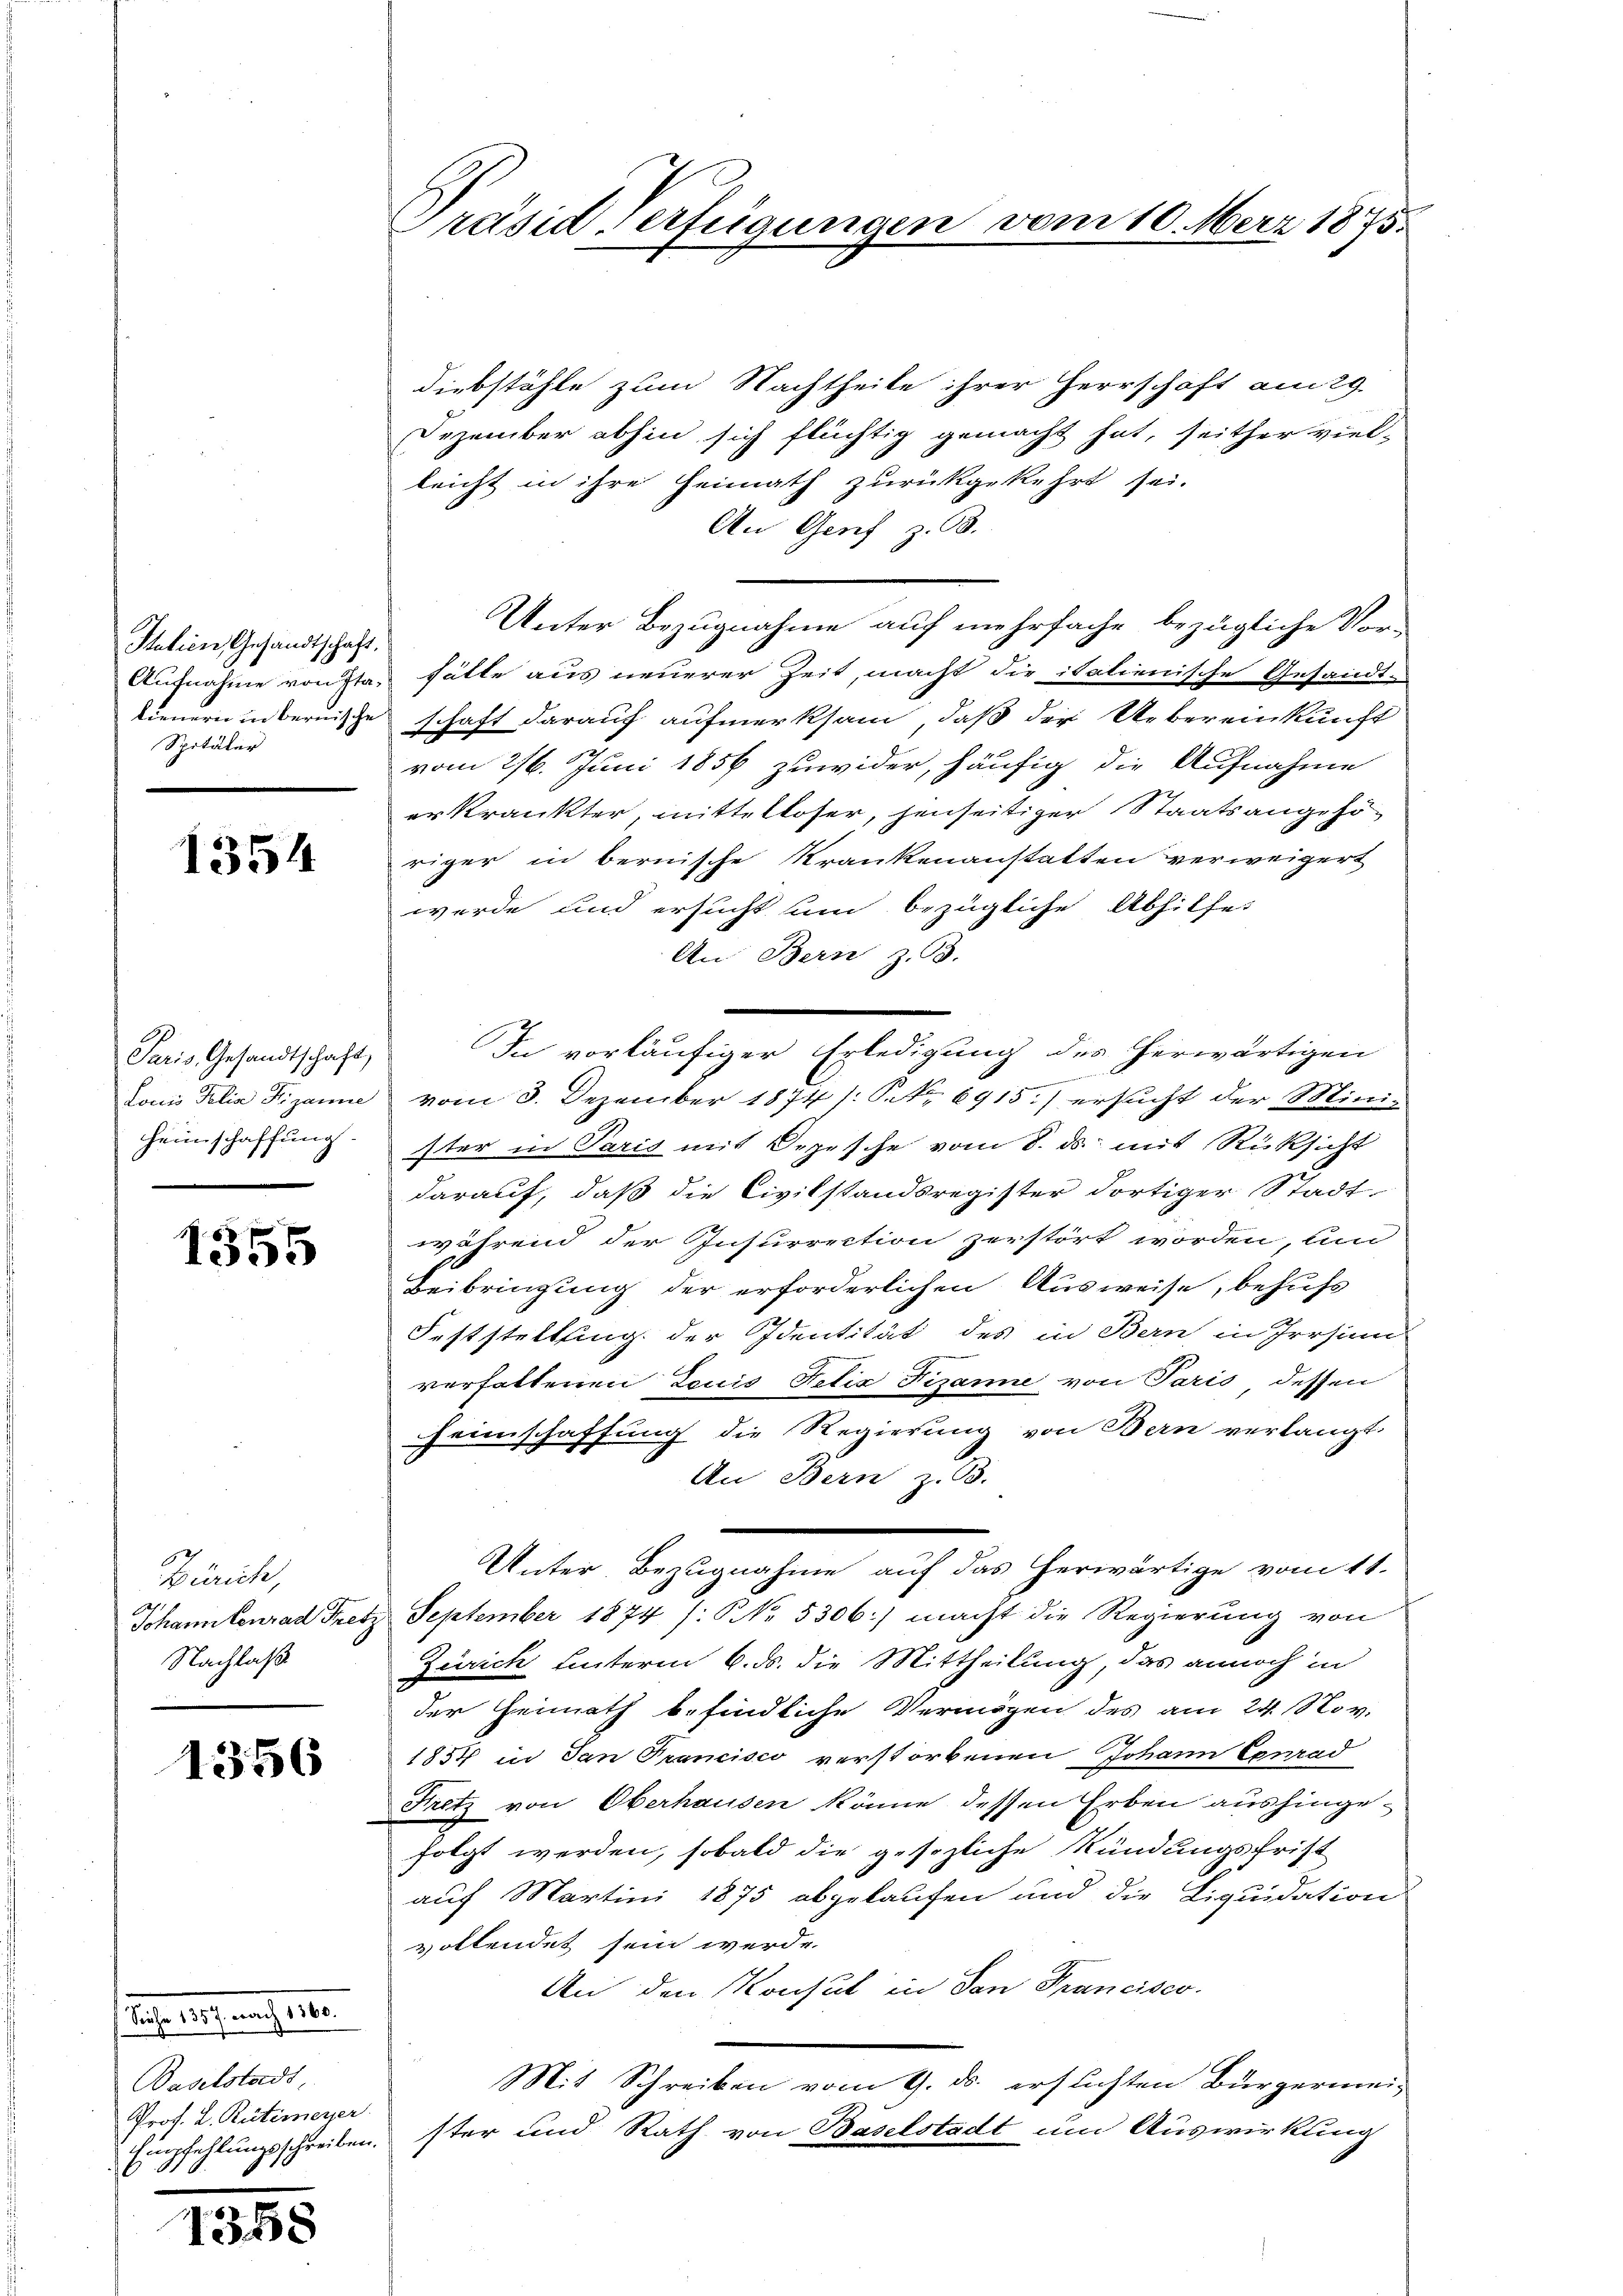
Station Gesandtschaft.
Spitäler

1354

Paris Gesandtschaft,

1555

Zürich,
Nachlaß

1356

Rache Ausgang 10.
Vaselstadt,
Prof. L. Rütimeyer

1358

Präsid Verfügungen vom 10. Merz 1875.

Diebstähle zum Nachtheile ihrer Herrschaft am 29.
Dezember abhin sich flüchtig gemacht hat, seither viel-
leicht in ihre Heimath zurückgekehrt sei.
An Genf z. B.
Unter Bezugnahme auf mehrfache bezügliche Vor-
Aufnahme von Sta, fälle aus neuerer Zeit, macht die italienische Gesandt-
tienern in bernische schaft darauf aufmerksam, daß der Uebereinkunft
vom 216. Juni 1856 zuwider, häufig die Aufnahme
erkrankter, mittelloser, jenseitiger Staatsangehöriger in bernische Krankenanstatten verweigert
werde und ersucht um bezügliche Abhilfes
An Bern z. B.
In vorläufiger Erledigung des herwärtigen

Louis Felix Fizanne vom 3. Dezember 1874 /: P. Nr. 6915.) ersucht der Mini-
Heimschaffung. ster in Paris mit Depesche vom 8. ds. mit Rücksicht
darauf, daß die Civilstandsregister dortiger Stadt-
während der Insurrection zerstört worden, un
Beibringung der erforderlichen Ausweise, behufs
Feststellung der Identität des in Bern in Irrsin
verfaltenen Louis Felix Fizanne von Paris dessen
Heimschaffung die Regierung von Bern verlangt.
An Bern z. B.
Unter Bezugnahme auf das herwärtige vom 11.
Johanntenrad Pretz. September 1874 /: NNo. 5306:) macht die Regierŭng von
Zürich hinterm 6. ds. die Mittheilung, das annoch in
der Heimath befindliche Vermögen des am 24. Nov.
1854 in San Francisco verstorbenen Johann Conrad
Fretz von Oberhausen könne dessen Erben aushingefolgt werden, sobald die gesezliche Kündungsfrist
auf Martini 1875 abgelaufen und die Liquidation
vollendet sein werde.
An den Konsul in San Francisco
Mit Schreiben vom 9. ds. erstichten Bürgermei¬
Empfehlungsschreiben. Iter und Rath von Baselstadt um Auswirkung